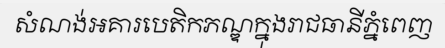
សំណង់អគារបេតិកភណ្ឌក្នុងរាជធានីភ្នំពេញ